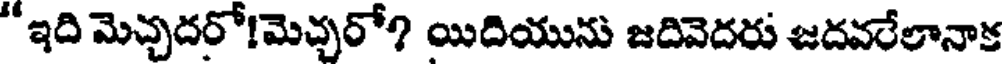
"ఇది మెచ్చదరో!మెచ్చరో? యిదియును జదివెదరు జదవరేలానాక